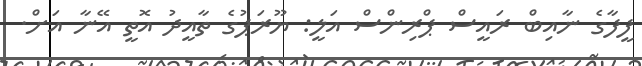
ފީފާގެ ނާއިބް ރައީސް ޕްރިންސް އަލީ: ޔޫރަޕުގެ ތާއީދު އޮތީ އޭނާ އަށް.